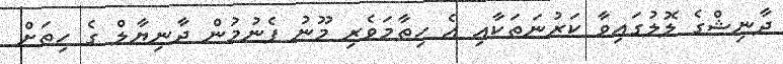
ދާނިޝްގެ ލޮލުގައިވާ ކަރުނަތަކާއި އެ ހިތާމަވެރި މޫނު ފެނުމުން ދާނިޔާލް ގެ ހިތަށް